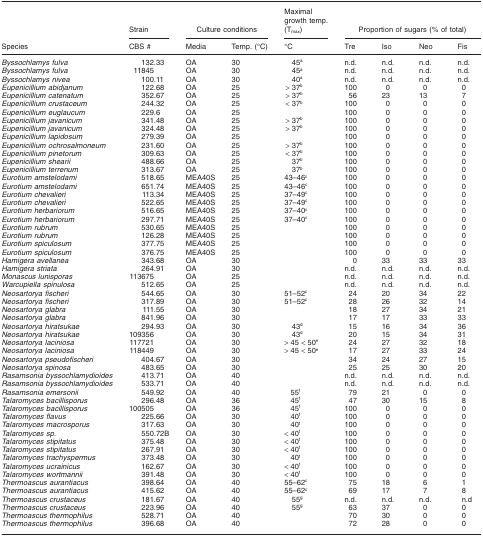
<table><thead><tr><td rowspan="2"><b>Species</b></td><td><b>Strain</b></td><td colspan="2"><b>Culture conditions</b></td><td><b>Maximal growth temp. (T<sub>max</sub>)</b></td><td colspan="4"><b>Proportion of sugars (% of total)</b></td></tr><tr><td><b>CBS #</b></td><td><b>Media</b></td><td><b>Temp. (°C)</b></td><td><b>°C</b></td><td><b>Tre</b></td><td><b>Iso</b></td><td><b>Neo</b></td><td><b>Fis</b></td></tr></thead><tbody><tr><td><i>Byssochlamys fulva</i></td><td>132.33</td><td>OA</td><td>30</td><td>45a</td><td>n.d.</td><td>n.d.</td><td>n.d.</td><td>n.d.</td></tr><tr><td><i>Byssochlamys fulva</i></td><td>11845</td><td>OA</td><td>30</td><td>45a</td><td>n.d.</td><td>n.d.</td><td>n.d.</td><td>n.d.</td></tr><tr><td><i>Byssochlamys nivea</i></td><td>100.11</td><td>OA</td><td>30</td><td>40a</td><td>n.d.</td><td>n.d.</td><td>n.d.</td><td>n.d.</td></tr><tr><td><i>Eupenicillium abidjanum</i></td><td>122.68</td><td>OA</td><td>25</td><td>&gt; 37b</td><td>100</td><td>0</td><td>0</td><td>0</td></tr><tr><td><i>Eupenicillium catenatum</i></td><td>352.67</td><td>OA</td><td>25</td><td>&gt; 37b</td><td>56</td><td>23</td><td>13</td><td>7</td></tr><tr><td><i>Eupenicillium crustaceum</i></td><td>244.32</td><td>OA</td><td>25</td><td>&lt; 37b</td><td>100</td><td>0</td><td>0</td><td>0</td></tr><tr><td><i>Eupenicillium euglaucum</i></td><td>229.6</td><td>OA</td><td>25</td><td></td><td>100</td><td>0</td><td>0</td><td>0</td></tr><tr><td><i>Eupenicillium javanicum</i></td><td>341.48</td><td>OA</td><td>25</td><td>&gt; 37b</td><td>100</td><td>0</td><td>0</td><td>0</td></tr><tr><td><i>Eupenicillium javanicum</i></td><td>324.48</td><td>OA</td><td>25</td><td>&gt; 37b</td><td>100</td><td>0</td><td>0</td><td>0</td></tr><tr><td><i>Eupenicillium lapidosum</i></td><td>279.39</td><td>OA</td><td>25</td><td></td><td>100</td><td>0</td><td>0</td><td>0</td></tr><tr><td><i>Eupenicillium ochrosalmoneum</i></td><td>231.60</td><td>OA</td><td>25</td><td>&gt; 37b</td><td>100</td><td>0</td><td>0</td><td>0</td></tr><tr><td><i>Eupenicillium pinetorum</i></td><td>309.63</td><td>OA</td><td>25</td><td>&lt; 37b</td><td>100</td><td>0</td><td>0</td><td>0</td></tr><tr><td><i>Eupenicillium shearii</i></td><td>488.66</td><td>OA</td><td>25</td><td>37b</td><td>100</td><td>0</td><td>0</td><td>0</td></tr><tr><td><i>Eupenicillium terrenum</i></td><td>313.67</td><td>OA</td><td>25</td><td>37b</td><td>100</td><td>0</td><td>0</td><td>0</td></tr><tr><td><i>Eurotium amstelodami</i></td><td>518.65</td><td>MEA40S</td><td>25</td><td>43–46c</td><td>100</td><td>0</td><td>0</td><td>0</td></tr><tr><td><i>Eurotium amstelodami</i></td><td>651.74</td><td>MEA40S</td><td>25</td><td>43–46c</td><td>100</td><td>0</td><td>0</td><td>0</td></tr><tr><td><i>Eurotium chevalieri</i></td><td>113.34</td><td>MEA40S</td><td>25</td><td>37–49c</td><td>100</td><td>0</td><td>0</td><td>0</td></tr><tr><td><i>Eurotium chevalieri</i></td><td>522.65</td><td>MEA40S</td><td>25</td><td>37–49c</td><td>100</td><td>0</td><td>0</td><td>0</td></tr><tr><td><i>Eurotium herbariorum</i></td><td>516.65</td><td>MEA40S</td><td>25</td><td>37–40c</td><td>100</td><td>0</td><td>0</td><td>0</td></tr><tr><td><i>Eurotium herbariorum</i></td><td>297.71</td><td>MEA40S</td><td>25</td><td>37–40c</td><td>100</td><td>0</td><td>0</td><td>0</td></tr><tr><td><i>Eurotium rubrum</i></td><td>530.65</td><td>MEA40S</td><td>25</td><td></td><td>100</td><td>0</td><td>0</td><td>0</td></tr><tr><td><i>Eurotium rubrum</i></td><td>126.28</td><td>MEA40S</td><td>25</td><td></td><td>100</td><td>0</td><td>0</td><td>0</td></tr><tr><td><i>Eurotium spiculosum</i></td><td>377.75</td><td>MEA40S</td><td>25</td><td></td><td>100</td><td>0</td><td>0</td><td>0</td></tr><tr><td><i>Eurotium spiculosum</i></td><td>376.75</td><td>MEA40S</td><td>25</td><td></td><td>100</td><td>0</td><td>0</td><td>0</td></tr><tr><td><i>Hamigera avellanea</i></td><td>343.68</td><td>OA</td><td>30</td><td></td><td>0</td><td>33</td><td>33</td><td>33</td></tr><tr><td><i>Hamigera striata</i></td><td>264.91</td><td>OA</td><td>30</td><td></td><td>n.d.</td><td>n.d.</td><td>n.d.</td><td>n.d.</td></tr><tr><td><i>Monascus lunisporas</i></td><td>113675</td><td>OA</td><td>25</td><td></td><td>n.d.</td><td>n.d.</td><td>n.d.</td><td>n.d.</td></tr><tr><td><i>Warcupiella spinulosa</i></td><td>512.65</td><td>OA</td><td>25</td><td></td><td>n.d.</td><td>n.d.</td><td>n.d.</td><td>n.d.</td></tr><tr><td><i>Neosartorya fischeri</i></td><td>544.65</td><td>OA</td><td>30</td><td>51–52c</td><td>24</td><td>20</td><td>34</td><td>22</td></tr><tr><td><i>Neosartorya fischeri</i></td><td>317.89</td><td>OA</td><td>30</td><td>51–52c</td><td>28</td><td>26</td><td>32</td><td>14</td></tr><tr><td><i>Neosartorya glabra</i></td><td>111.55</td><td>OA</td><td>30</td><td></td><td>18</td><td>27</td><td>34</td><td>21</td></tr><tr><td><i>Neosartorya glabra</i></td><td>841.96</td><td>OA</td><td>30</td><td></td><td>17</td><td>17</td><td>33</td><td>33</td></tr><tr><td><i>Neosartorya hiratsukae</i></td><td>294.93</td><td>OA</td><td>30</td><td>43d</td><td>15</td><td>16</td><td>34</td><td>36</td></tr><tr><td><i>Neosartorya hiratsukae</i></td><td>109356</td><td>OA</td><td>30</td><td>43d</td><td>20</td><td>15</td><td>34</td><td>31</td></tr><tr><td><i>Neosartorya laciniosa</i></td><td>117721</td><td>OA</td><td>30</td><td>&gt; 45 &lt; 50e</td><td>24</td><td>27</td><td>32</td><td>18</td></tr><tr><td><i>Neosartorya laciniosa</i></td><td>118449</td><td>OA</td><td>30</td><td>&gt; 45 &lt; 50e</td><td>17</td><td>27</td><td>33</td><td>24</td></tr><tr><td><i>Neosartorya pseudofischeri</i></td><td>404.67</td><td>OA</td><td>30</td><td></td><td>34</td><td>24</td><td>27</td><td>15</td></tr><tr><td><i>Neosartorya spinosa</i></td><td>483.65</td><td>OA</td><td>30</td><td></td><td>25</td><td>25</td><td>30</td><td>20</td></tr><tr><td><i>Rasamsonia byssochlamydioides</i></td><td>413.71</td><td>OA</td><td>40</td><td></td><td>n.d.</td><td>n.d.</td><td>n.d.</td><td>n.d.</td></tr><tr><td><i>Rasamsonia byssochlamydioides</i></td><td>533.71</td><td>OA</td><td>40</td><td></td><td>n.d.</td><td>n.d.</td><td>n.d.</td><td>n.d.</td></tr><tr><td><i>Rasamsonia emersonii</i></td><td>549.92</td><td>OA</td><td>40</td><td>55f</td><td>79</td><td>21</td><td>0</td><td>0</td></tr><tr><td><i>Talaromyces bacillisporus</i></td><td>296.48</td><td>OA</td><td>36</td><td>45f</td><td>47</td><td>30</td><td>15</td><td>8</td></tr><tr><td><i>Talaromyces bacillisporus</i></td><td>100505</td><td>OA</td><td>36</td><td>45f</td><td>100</td><td>0</td><td>0</td><td>0</td></tr><tr><td><i>Talaromyces flavus</i></td><td>225.66</td><td>OA</td><td>30</td><td>40f</td><td>100</td><td>0</td><td>0</td><td>0</td></tr><tr><td><i>Talaromyces macrosporus</i></td><td>317.63</td><td>OA</td><td>30</td><td>40f</td><td>100</td><td>0</td><td>0</td><td>0</td></tr><tr><td><i>Talaromyces sp</i>.</td><td>550.72B</td><td>OA</td><td>30</td><td>&lt; 40f</td><td>100</td><td>0</td><td>0</td><td>0</td></tr><tr><td><i>Talaromyces stipitatus</i></td><td>375.48</td><td>OA</td><td>30</td><td>&lt; 40f</td><td>100</td><td>0</td><td>0</td><td>0</td></tr><tr><td><i>Talaromyces stipitatus</i></td><td>267.91</td><td>OA</td><td>30</td><td>&lt; 40f</td><td>100</td><td>0</td><td>0</td><td>0</td></tr><tr><td><i>Talaromyces trachyspermus</i></td><td>373.48</td><td>OA</td><td>30</td><td>40f</td><td>100</td><td>0</td><td>0</td><td>0</td></tr><tr><td><i>Talaromyces ucrainicus</i></td><td>162.67</td><td>OA</td><td>30</td><td>&lt; 40f</td><td>100</td><td>0</td><td>0</td><td>0</td></tr><tr><td><i>Talaromyces wortmannii</i></td><td>391.48</td><td>OA</td><td>30</td><td>&lt; 40f</td><td>100</td><td>0</td><td>0</td><td>0</td></tr><tr><td><i>Thermoascus aurantiacus</i></td><td>398.64</td><td>OA</td><td>40</td><td>55–62c</td><td>75</td><td>18</td><td>6</td><td>1</td></tr><tr><td><i>Thermoascus aurantiacus</i></td><td>415.62</td><td>OA</td><td>40</td><td>55–62c</td><td>69</td><td>17</td><td>7</td><td>8</td></tr><tr><td><i>Thermoascus crustaceus</i></td><td>181.67</td><td>OA</td><td>40</td><td>55g</td><td>n.d.</td><td>n.d.</td><td>n.d.</td><td>n.d</td></tr><tr><td><i>Thermoascus crustaceus</i></td><td>223.96</td><td>OA</td><td>40</td><td>55g</td><td>63</td><td>37</td><td>0</td><td>0</td></tr><tr><td><i>Thermoascus thermophilus</i></td><td>528.71</td><td>OA</td><td>40</td><td></td><td>70</td><td>30</td><td>0</td><td>0</td></tr><tr><td><i>Thermoascus thermophilus</i></td><td>396.68</td><td>OA</td><td>40</td><td></td><td>72</td><td>28</td><td>0</td><td>0</td></tr></tbody></table>